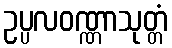
ဥပ္ပလဝဏ္ဏာသုတ္တံ